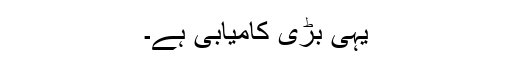
یہی بڑی کامیابی ہے۔